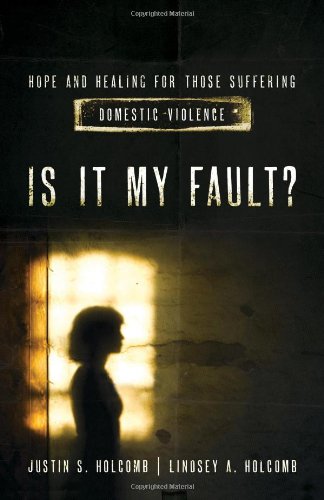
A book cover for Is It My Fault?: Hope and Healing for Those Suffering Domestic Violence.; Lindsey A. Holcomb; Parenting & Relationships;